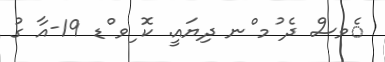
ެވސް ދެ ުމ ްނ ދިޔައީ. ކޮ ިވ ްޑ 19-އާ ގު